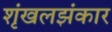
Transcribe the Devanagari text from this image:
शृंखलझंकार